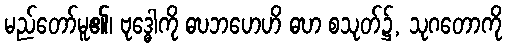
မည်တော်မူ၏၊ ဗုဒ္ဓေါကို ဓဎဘဟေဟိ ဓဎာ စသုတ်၌, သုဂတောကို